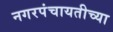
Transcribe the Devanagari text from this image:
नगरपंचायतीच्या